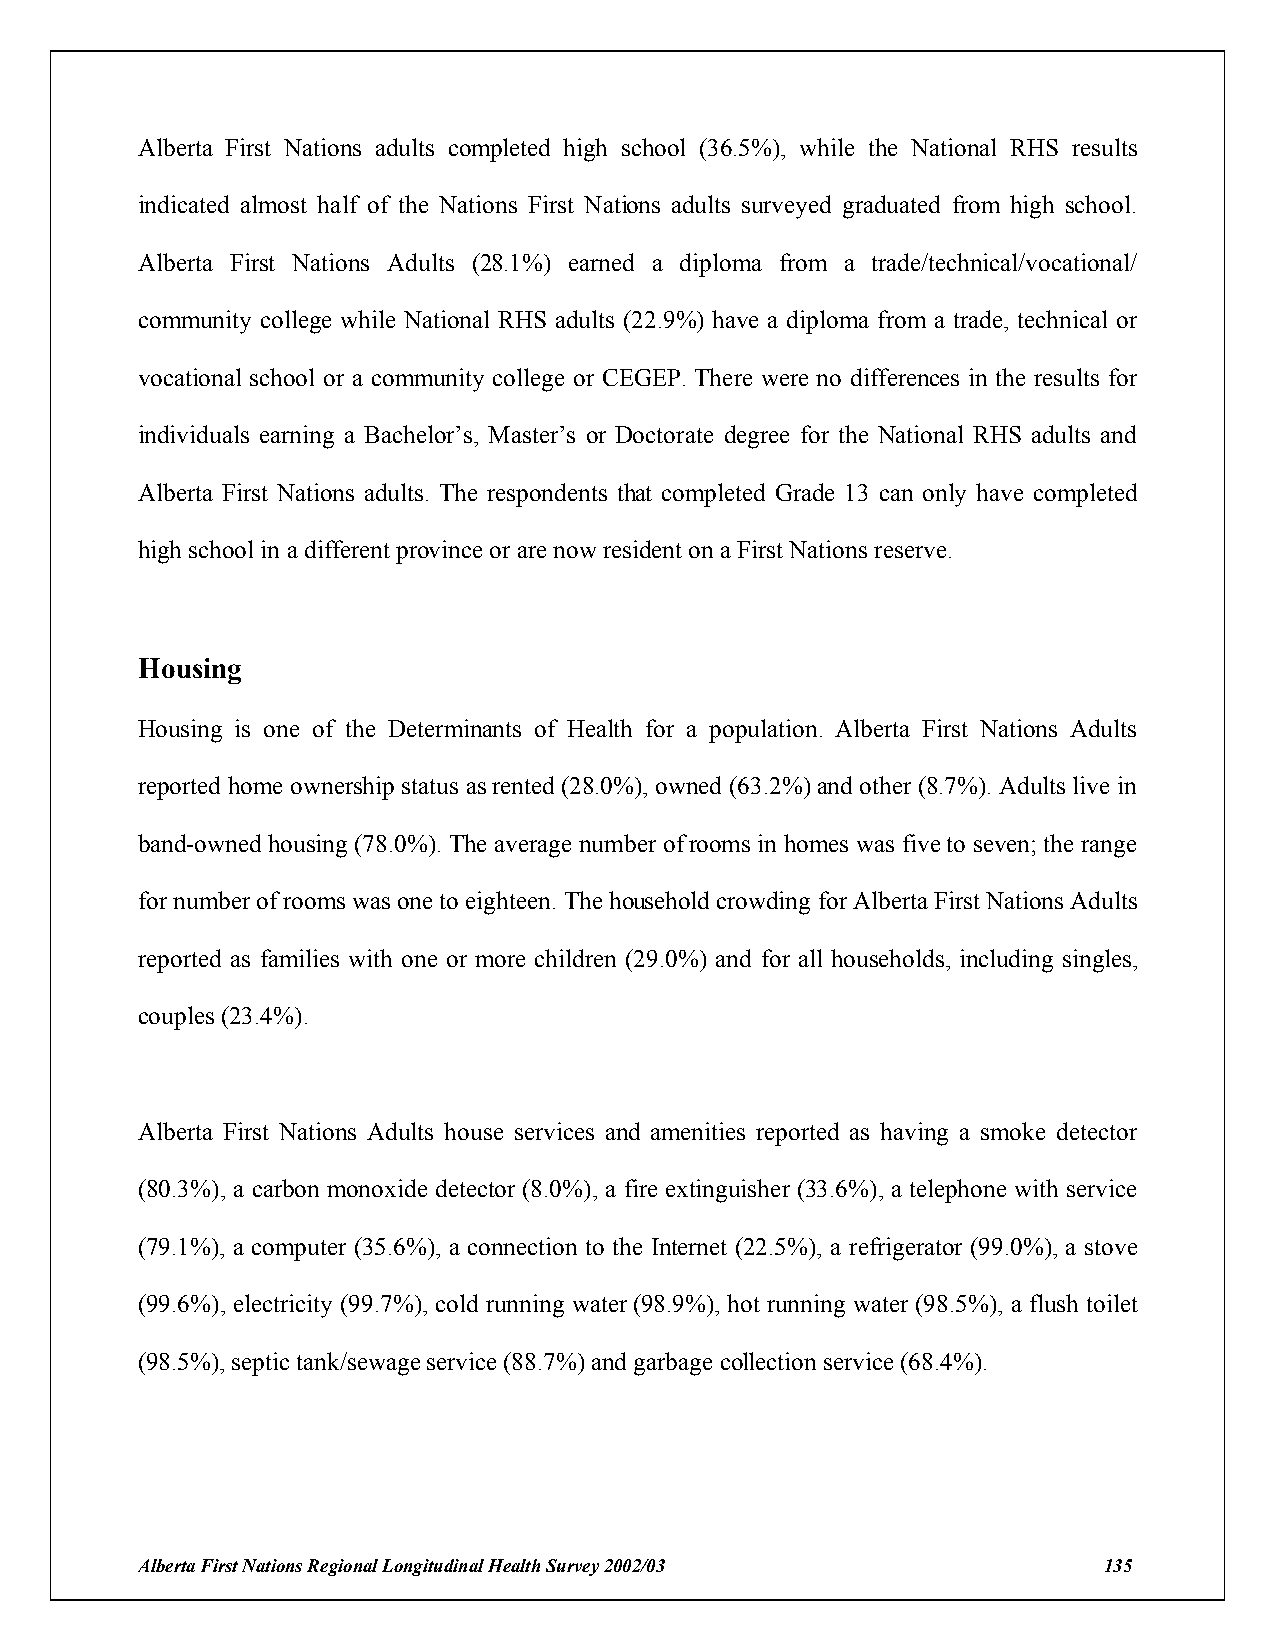
Alberta First Nations adults completed high school (36.5%), while the National RHS results
 indicated almost half of the Nations First Nations adults surveyed graduated from high school.
 Alberta First Nations Adults (28.1%) earned a diploma from a trade/technical/vocational/
 community college while National RHS adults (22.9%) have a diploma from a trade, technical or
 vocational school or a community college or CEGEP. There were no differences in the results for
 individuals earning a Bachelor’s, Master’s or Doctorate degree for the National RHS adults and
 Alberta First Nations adults. The respondents that completed Grade 13 can only have completed
 high school in a different province or are now resident on a First Nations reserve.
 Housing
 Housing is one of the Determinants of Health for a population. Alberta First Nations Adults
 reported home ownership status as rented (28.0%), owned (63.2%) and other (8.7%). Adults live in
 band-owned housing (78.0%). The average number of rooms in homes was five to seven; the range
 for number of rooms was one to eighteen. The household crowding for Alberta First Nations Adults
 reported as families with one or more children (29.0%) and for all households, including singles,
 couples (23.4%).
 Alberta First Nations Adults house services and amenities reported as having a smoke detector
 (80.3%), a carbon monoxide detector (8.0%), a fire extinguisher (33.6%), a telephone with service
 (79.1%), a computer (35.6%), a connection to the Internet (22.5%), a refrigerator (99.0%), a stove
 (99.6%), electricity (99.7%), cold running water (98.9%), hot running water (98.5%), a flush toilet
 (98.5%), septic tank/sewage service (88.7%) and garbage collection service (68.4%).
 Alberta First Nations Regional Longitudinal Health Survey 2002/03 135